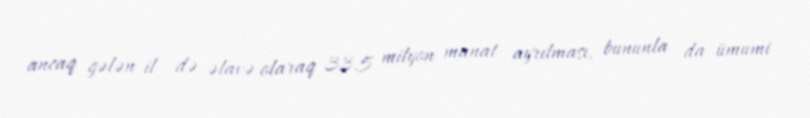
ancaq gələn il də əlavə olaraq 33,5 milyon manat ayrılması, bununla da ümumi